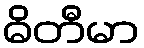
ဓိတီမာ